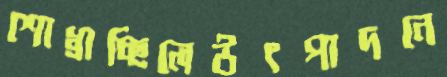
শোধ্‌রাচ্ছিলেউৎপাদনে